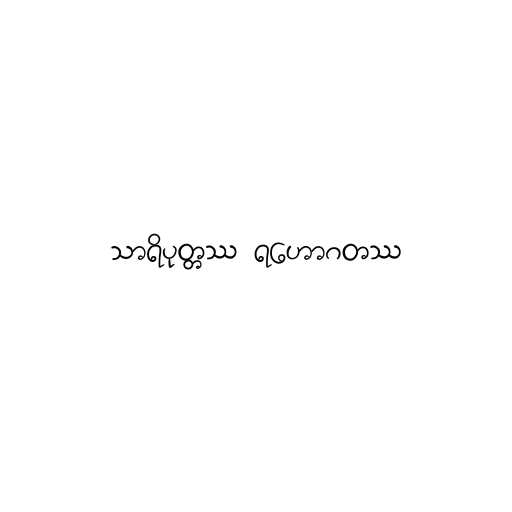
သာရိပုတ္တဿ ရဟောဂတဿ